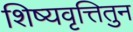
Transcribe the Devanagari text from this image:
शिष्यवृत्तितुन